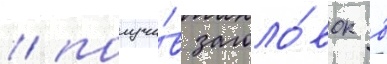
/ получи́в заголо́вок в